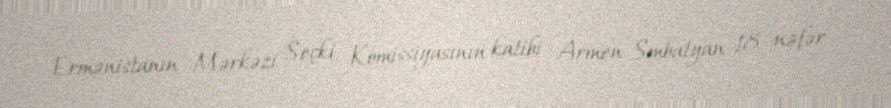
Ermənistanın Mərkəzi Seçki Komissiyasının katibi Armen Smbatyan 18 nəfər